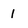
Character: 1